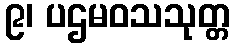
၉၊ ပဌမဝသသုတ္တ